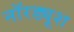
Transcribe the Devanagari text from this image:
नॉरड्यूश